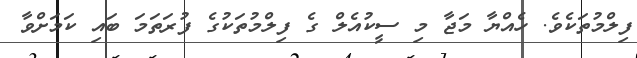
ފިލްމުތަކެވެ. ހެއްޔާ މަޖާ މި ސީކުއެލް ގެ ފިލްމުތަކުގެ ފުރަތަމަ ބައި ކަމަށްވާ